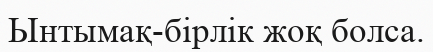
Ынтымақ-бірлік жоқ болса.